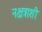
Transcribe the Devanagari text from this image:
नक्षत्राशी